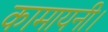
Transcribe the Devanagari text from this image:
कामायनी।